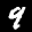
Label: 9